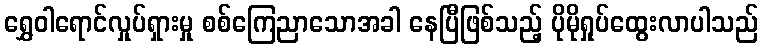
ရွှေဝါရောင်လှုပ်ရှားမှု စစ်ကြေညာသောအခါ နေပြီဖြစ်သည့် ပိုမိုရှုပ်ထွေးလာပါသည်